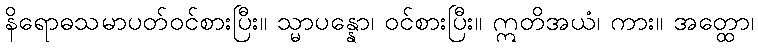
နိရောဓသမာပတ်ဝင်စားပြီး။ သ္မာပန္နော၊ ဝင်စားပြီး။ ဣတိအယံ၊ ကား။ အတ္ထော၊